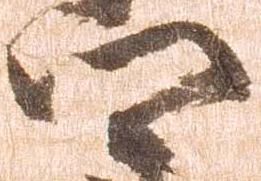
郷